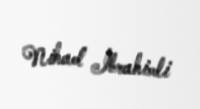
Nihad İbrahimli